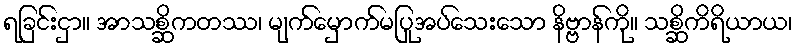
ရခြင်းငှာ။ အာသစ္ဆိကတဿ၊ မျက်မှောက်မပြုအပ်သေးသော နိဗ္ဗာန်ကို။ သစ္ဆိကိရိယာယ၊